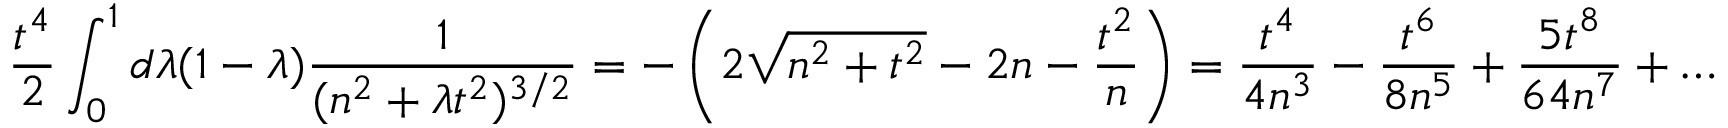
{ \frac { t ^ { 4 } } { 2 } } \int _ { 0 } ^ { 1 } d \lambda ( 1 - \lambda ) { \frac { 1 } { ( n ^ { 2 } + \lambda t ^ { 2 } ) ^ { 3 / 2 } } } = - \left( 2 \sqrt { n ^ { 2 } + t ^ { 2 } } - 2 n - { \frac { t ^ { 2 } } { n } } \right) = { \frac { t ^ { 4 } } { 4 n ^ { 3 } } } - { \frac { t ^ { 6 } } { 8 n ^ { 5 } } } + { \frac { 5 t ^ { 8 } } { 6 4 n ^ { 7 } } } + \ldots